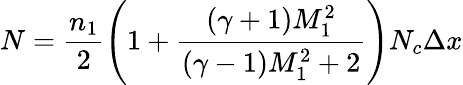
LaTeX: N=\frac{n_{1}}{2}\left(1+\frac{(\gamma+1)M_{1}^{2}}{(\gamma-1)M_{1}^{2}+2}\right)N_{c}\Delta x